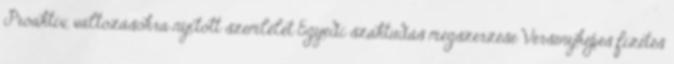
Proaktív, változásokra nyitott szemlélet Egyedi szaktudás megszerzése Versenyképes fizetés